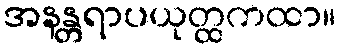
အနန္တရာပယုတ္ထကထာ။